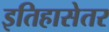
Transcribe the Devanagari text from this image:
इतिहासेतर